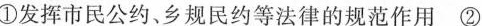
①发挥市民公约、乡规民约等法律的规范作用②